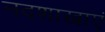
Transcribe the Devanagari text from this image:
नदशाखाएं